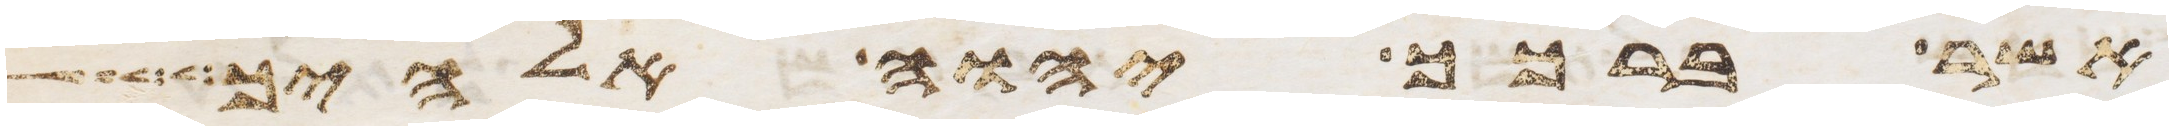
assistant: אשר ברכך יהוה אלהיך